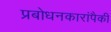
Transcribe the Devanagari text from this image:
प्रबोधनकारांपैकी